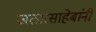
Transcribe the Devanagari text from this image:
जठारसाहेबांनी